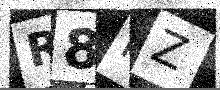
Text: R8FZ